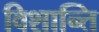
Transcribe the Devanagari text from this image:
विशान्ति